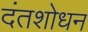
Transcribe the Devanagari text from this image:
दंतशोधन